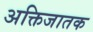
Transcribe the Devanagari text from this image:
अक्तिजातक